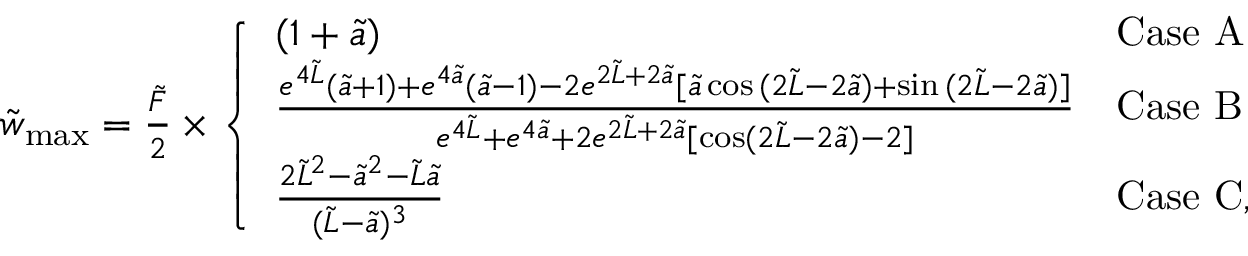
\begin{array} { r } { \tilde { w } _ { \mathrm { m a x } } = \frac { \tilde { F } } { 2 } \times \left\{ \begin{array} { l l } { ( 1 + \tilde { a } ) } & { \mathrm { C a s e ~ A } } \\ { \frac { e ^ { 4 \tilde { L } } ( \tilde { a } + 1 ) + e ^ { 4 \tilde { a } } ( \tilde { a } - 1 ) - 2 e ^ { 2 \tilde { L } + 2 \tilde { a } } [ \tilde { a } \cos { ( 2 \tilde { L } - 2 \tilde { a } ) } + \sin { ( 2 \tilde { L } - 2 \tilde { a } ) ] } } { e ^ { 4 \tilde { L } } + e ^ { 4 \tilde { a } } + 2 e ^ { 2 \tilde { L } + 2 \tilde { a } } [ \cos ( 2 \tilde { L } - 2 \tilde { a } ) - 2 ] } } & { \mathrm { C a s e ~ B } } \\ { \frac { 2 \tilde { L } ^ { 2 } - \tilde { a } ^ { 2 } - \tilde { L } \tilde { a } } { ( \tilde { L } - \tilde { a } ) ^ { 3 } } } & { \mathrm { C a s e ~ C } , } \end{array} \right. } \end{array}